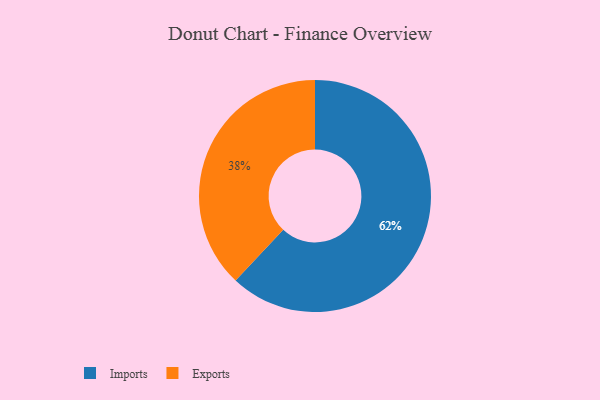
{"axis": {"x": "Category", "y": "Percentage"}, "legend": ["Exports", "Imports"], "data": [{"x": "Imports", "y": 62, "type": "Imports"}, {"x": "Exports", "y": 38, "type": "Exports"}]}